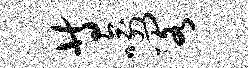
等喻阁